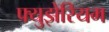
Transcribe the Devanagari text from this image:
फ्युझेरियम